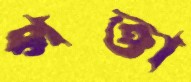
পত্তা